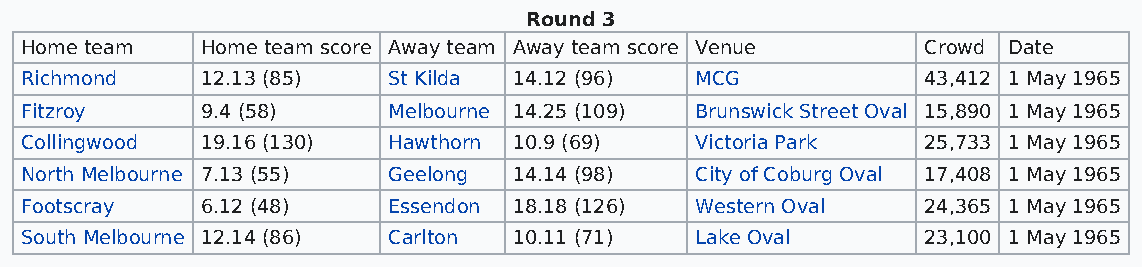
Round 3
 Home team   Home team score Away team Away team score Venue Crowd Date
 Richmond    12.13 (85)   St Kilda 14.12 (96) MCG            43,412 1 May 1965
 Fitzroy     9.4 (58)     Melbourne 14.25 (109) Brunswick Street Oval 15,890 1 May 1965
 Collingwood 19.16 (130)  Hawthorn 10.9 (69)  Victoria Park  25,733 1 May 1965
 North Melbourne 7.13 (55) Geelong 14.14 (98) City of Coburg Oval 17,408 1 May 1965
 Footscray   6.12 (48)    Essendon 18.18 (126) Western Oval  24,365 1 May 1965
 South Melbourne 12.14 (86) Carlton 10.11 (71) Lake Oval     23,100 1 May 1965